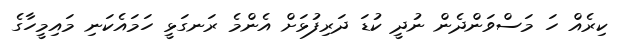
ކިރެއް ހަ މަސްވަންދެން ނުދީ ކުޑަ ދަރިފުޅަށް އެންމެ ރަނގަޅީ ހަމައެކަނި މައިމީހާގެ